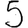
Digit: 5